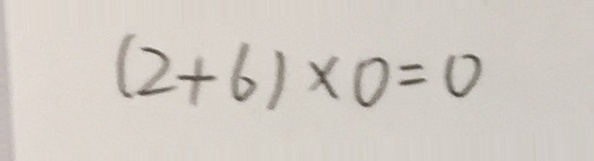
( 2 + 6 ) \times 0 = 0